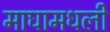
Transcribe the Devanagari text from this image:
माघामधली